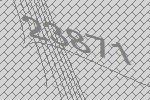
23871